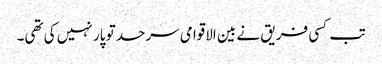
تب کسی فریق نے بین الاقوامی سرحد تو پار نہیں کی تھی۔